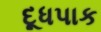
દૂધપાક